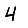
Digit: 4